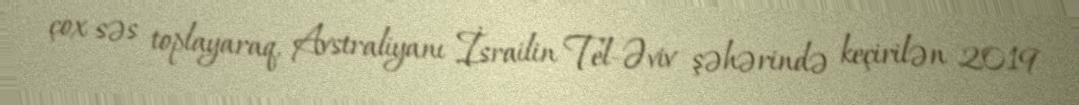
çox səs toplayaraq, Avstraliyanı İsrailin Tel-Əviv şəhərində keçirilən 2019